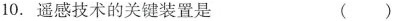
10.遥感技术的关键装置是 ()